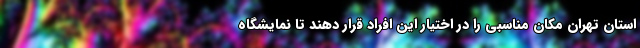
استان تهران مکان مناسبی را در اختیار این افراد قرار دهند تا نمایشگاه